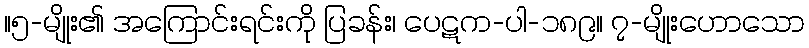
။၅-မျိုး၏ အကြောင်းရင်းကို ပြခန်း၊ ပေဋက-ပါ-၁၈၉။ ၇-မျိုးဟောသော